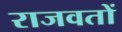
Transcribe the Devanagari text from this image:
राजवतों